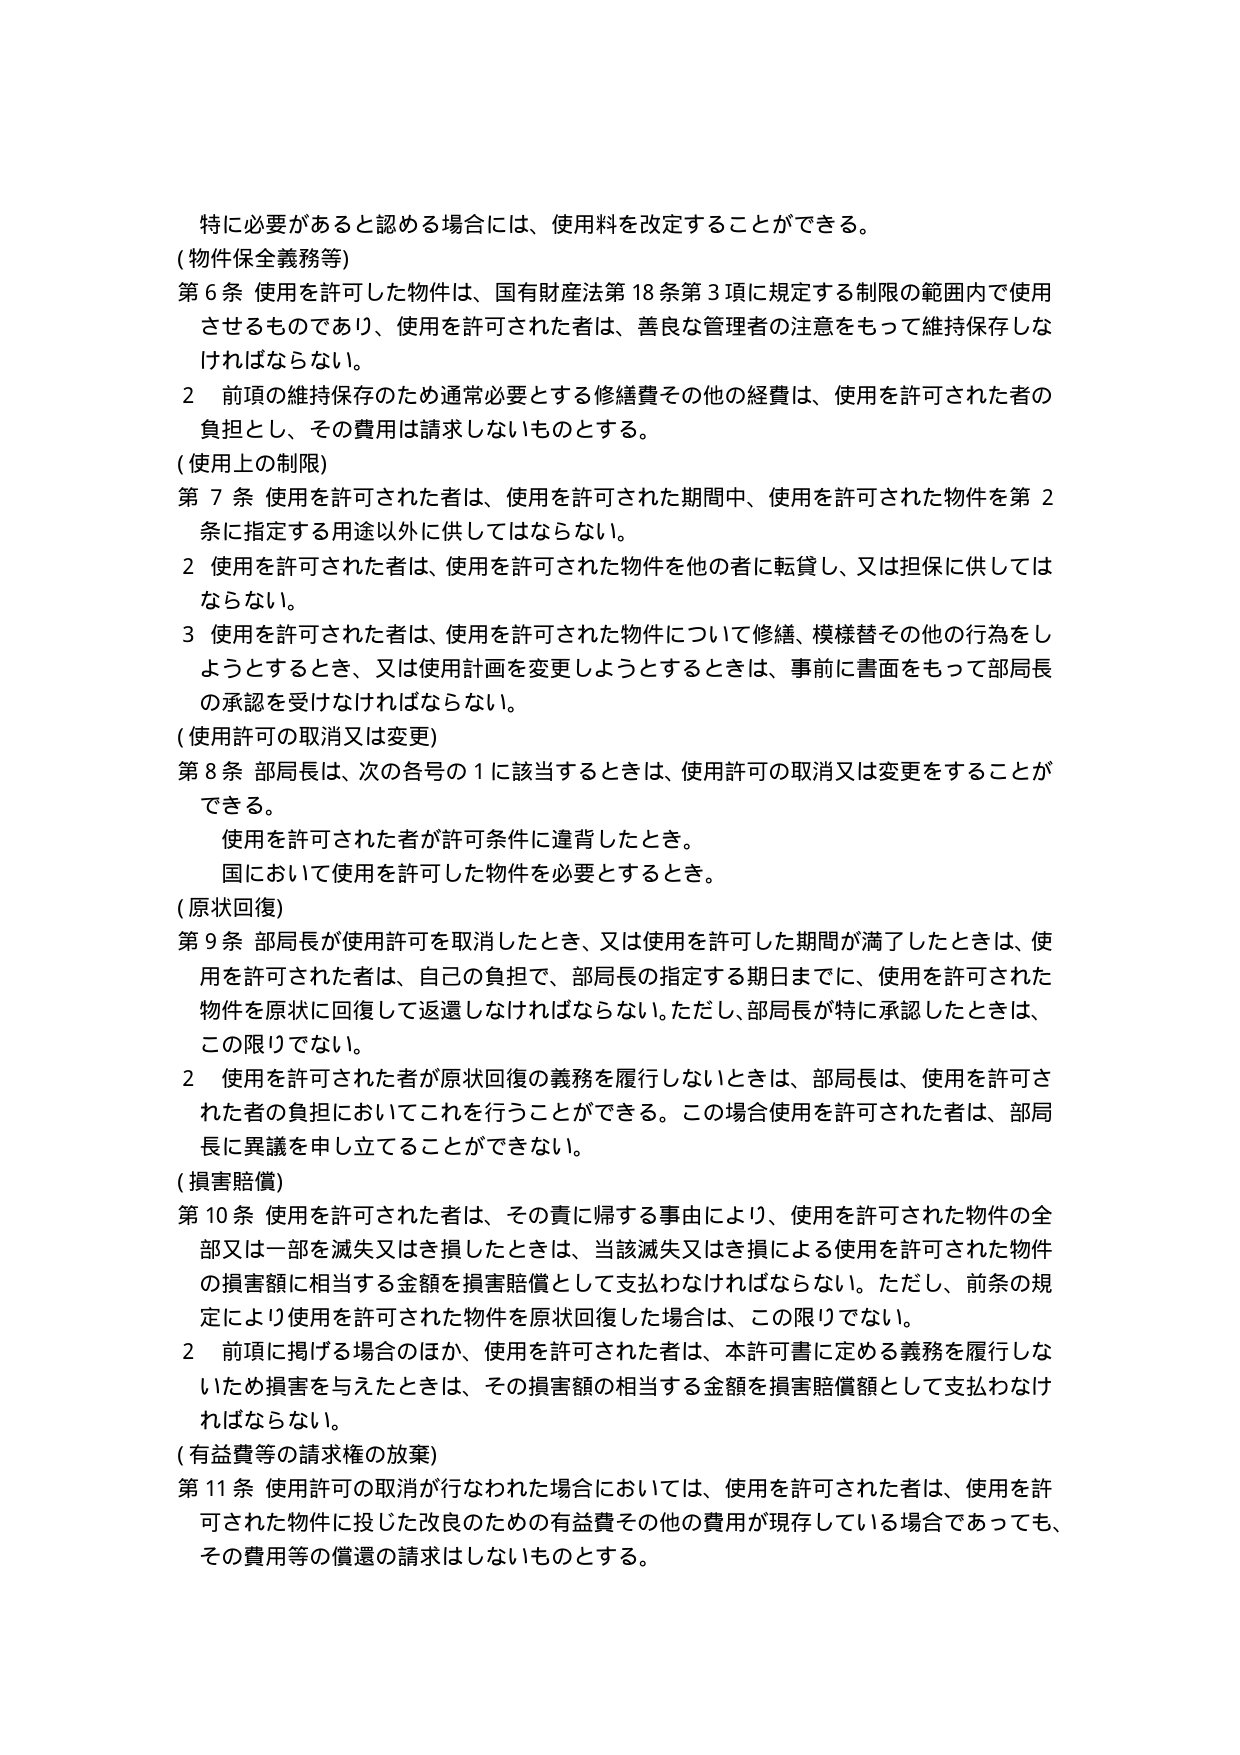
特に必要があると認める場合には、使用料を改定することができる。

(物件保全義務等)

第６条 使用を許可した物件は、国有財産法第18条第3項に規定する制限の範囲内で使用させるものであり、使用を許可された者は、善良な管理者の注意をもって維持保存しなければならない。

２ 前項の維持保存のため通常必要とする修繕費その他の経費は、使用を許可された者の負担とし、その費用は請求しないものとする。

(使用上の制限)

第７条 使用を許可された者は、使用を許可された期間中、使用を許可された物件を第２条に指定する用途以外に供してはならない。

２ 使用を許可された者は、使用を許可された物件を他の者に転貸し、又は担保に供してはならない。

３ 使用を許可された者は、使用を許可された物件について修繕、模様替その他の行為をしようとするとき、又は使用計画を変更しようとするときは、事前に書面をもって部局長の承認を受けなければならない。

(使用許可の取消又は変更)

第８条 部局長は、次の各号の１に該当するときは、使用許可の取消又は変更をすることができる。

　使用を許可された者が許可条件に違背したとき。

　国において使用を許可した物件を必要とするとき。

(原状回復)

第９条 部局長が使用許可を取消したとき、又は使用を許可した期間が満了したときは、使用を許可された者は、自己の負担で、部局長の指定する期日までに、使用を許可された物件を原状に回復して返還しなければならない。ただし、部局長が特に承認したときは、この限りでない。

２ 使用を許可された者が原状回復の義務を履行しないときは、部局長は、使用を許可された者の負担においてこれを行うことができる。この場合使用を許可された者は、部局長に異議を申し立てることができない。

(損害賠償)

第10条 使用を許可された者は、その責に帰する事由により、使用を許可された物件の全部又は一部を滅失又はき損したときは、当該滅失又はき損による使用を許可された物件の損害額に相当する金額を損害賠償として支払わなければならない。ただし、前条の規定により使用を許可された物件を原状回復した場合は、この限りでない。

２ 前項に掲げる場合のほか、使用を許可された者は、本許可書に定める義務を履行しないため損害を与えたときは、その損害額の相当する金額を損害賠償額として支払わなければならない。

(有益費等の請求権の放棄)

第11条 使用許可の取消が行なわれた場合においては、使用を許可された者は、使用を許可された物件に投じた改良のための有益費その他の費用が現存している場合であっても、その費用等の償還の請求はしないものとする。